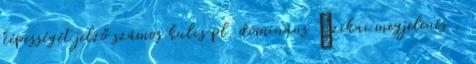
képességét jelző számos kulcs pl. domináns ﬁzikai megjelenés ,